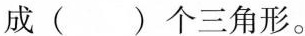
成（）个三角形